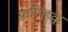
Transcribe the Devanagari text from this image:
प्राणिहक्क